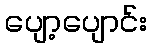
ပျော့ပျောင်း